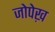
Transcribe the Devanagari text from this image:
जोपेख़